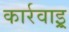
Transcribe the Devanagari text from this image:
कार्रवाइ्र्र